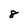
Character: 8